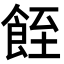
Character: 䬹